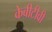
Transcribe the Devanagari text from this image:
केबीटीवी